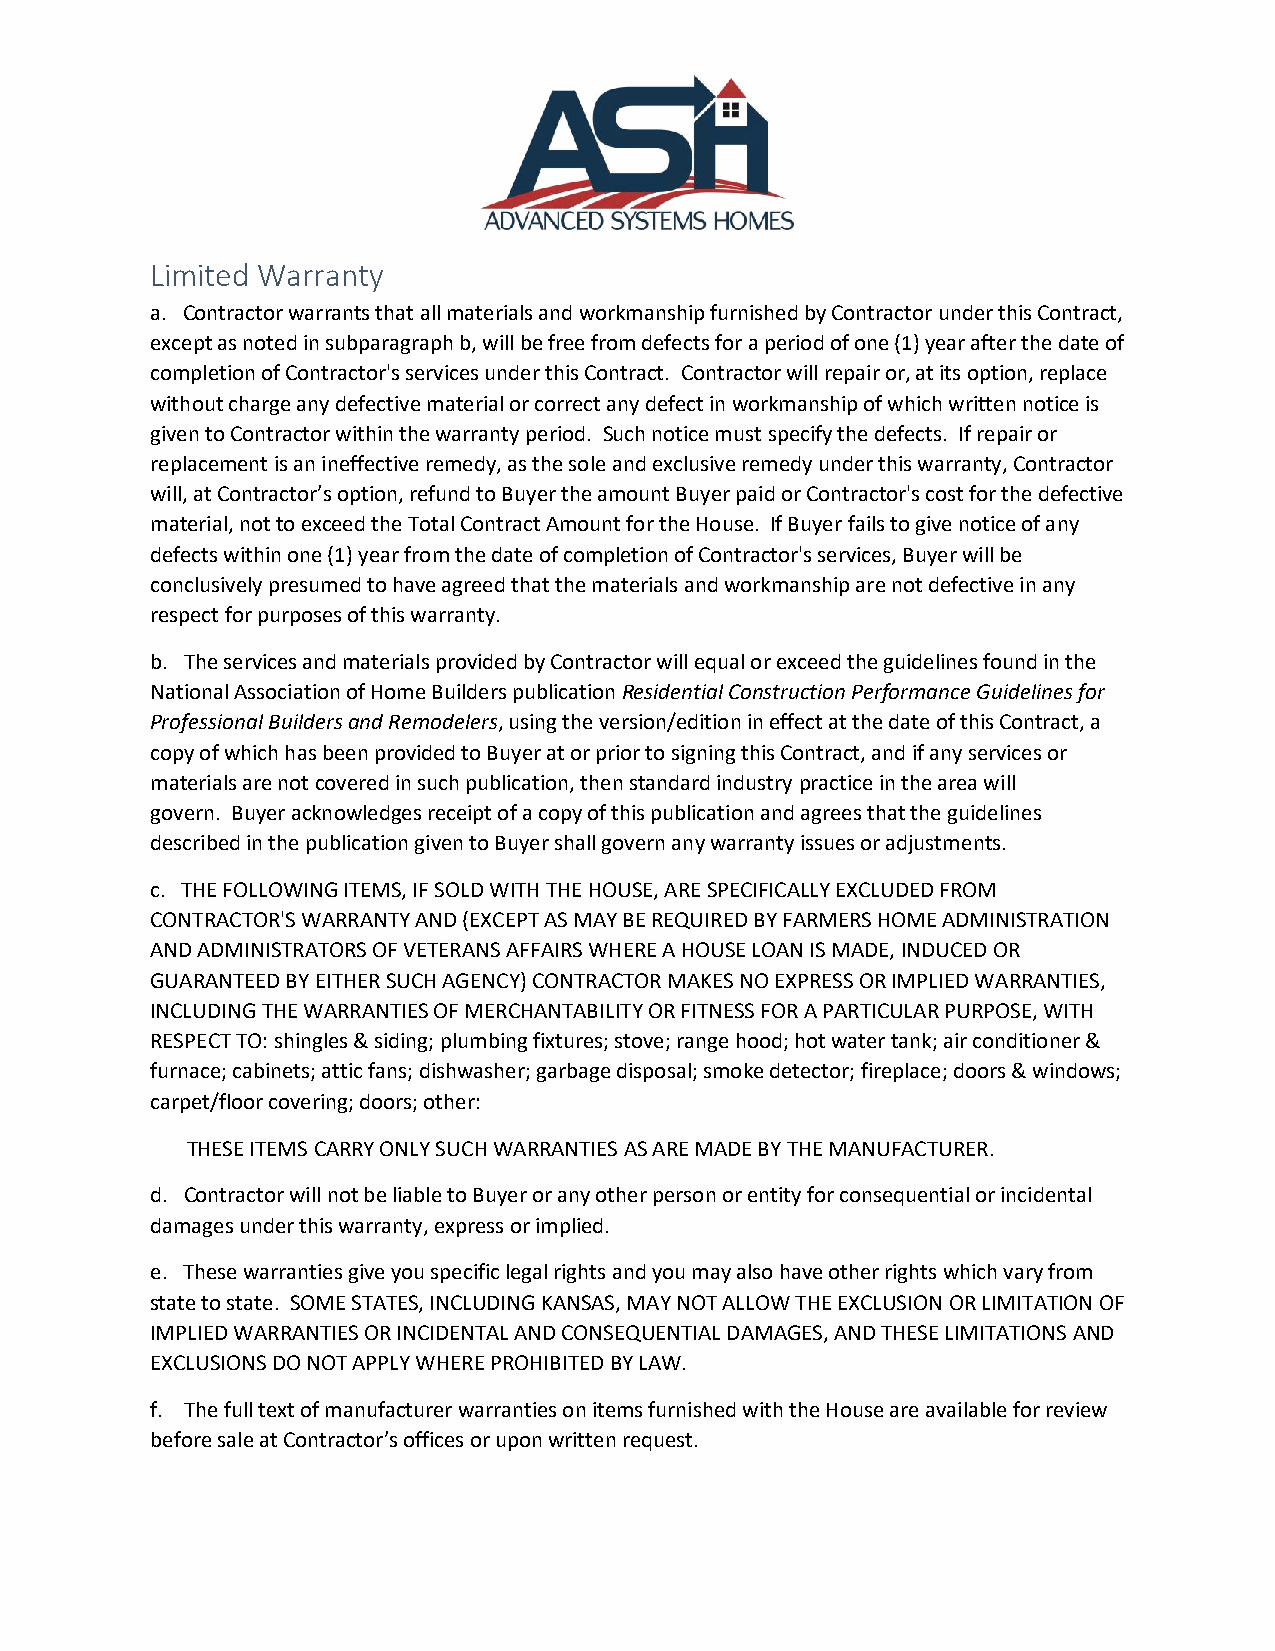
Limited Warranty
 a. Contractor warrants that all materials and workmanship furnished by Contractor under this Contract,
 except as noted in subparagraph b, will be free from defects for a period of one (1) year after the date of
 completion of Contractor's services under this Contract. Contractor will repair or, at its option, replace
 without charge any defective material or correct any defect in workmanship of which written notice is
 given to Contractor within the warranty period. Such notice must specify the defects. If repair or
 replacement is an ineffective remedy, as the sole and exclusive remedy under this warranty, Contractor
 will, at Contractor’s option, refund to Buyer the amount Buyer paid or Contractor's cost for the defective
 material, not to exceed the Total Contract Amount for the House. If Buyer fails to give notice of any
 defects within one (1) year from the date of completion of Contractor's services, Buyer will be
 conclusively presumed to have agreed that the materials and workmanship are not defective in any
 respect for purposes of this warranty.
 b. The services and materials provided by Contractor will equal or exceed the guidelines found in the
 National Association of Home Builders publication Residential Construction Performance Guidelines for
 Professional Builders and Remodelers, using the version/edition in effect at the date of this Contract, a
 copy of which has been provided to Buyer at or prior to signing this Contract, and if any services or
 materials are not covered in such publication, then standard industry practice in the area will
 govern. Buyer acknowledges receipt of a copy of this publication and agrees that the guidelines
 described in the publication given to Buyer shall govern any warranty issues or adjustments.
 c. THE FOLLOWING ITEMS, IF SOLD WITH THE HOUSE, ARE SPECIFICALLY EXCLUDED FROM
 CONTRACTOR'S WARRANTY AND (EXCEPT AS MAY BE REQUIRED BY FARMERS HOME ADMINISTRATION
 AND ADMINISTRATORS OF VETERANS AFFAIRS WHERE A HOUSE LOAN IS MADE, INDUCED OR
 GUARANTEED BY EITHER SUCH AGENCY) CONTRACTOR MAKES NO EXPRESS OR IMPLIED WARRANTIES,
 INCLUDING THE WARRANTIES OF MERCHANTABILITY OR FITNESS FOR A PARTICULAR PURPOSE, WITH
 RESPECT TO: shingles & siding; plumbing fixtures; stove; range hood; hot water tank; air conditioner &
 furnace; cabinets; attic fans; dishwasher; garbage disposal; smoke detector; fireplace; doors & windows;
 carpet/floor covering; doors; other:
 THESE ITEMS CARRY ONLY SUCH WARRANTIES AS ARE MADE BY THE MANUFACTURER.
 d. Contractor will not be liable to Buyer or any other person or entity for consequential or incidental
 damages under this warranty, express or implied.
 e. These warranties give you specific legal rights and you may also have other rights which vary from
 state to state. SOME STATES, INCLUDING KANSAS, MAY NOT ALLOW THE EXCLUSION OR LIMITATION OF
 IMPLIED WARRANTIES OR INCIDENTAL AND CONSEQUENTIAL DAMAGES, AND THESE LIMITATIONS AND
 EXCLUSIONS DO NOT APPLY WHERE PROHIBITED BY LAW.
 f. The full text of manufacturer warranties on items furnished with the House are available for review
 before sale at Contractor’s offices or upon written request.